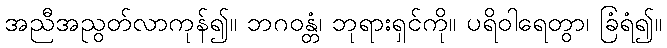
အညီအညွတ်လာကုန်၍။ ဘဂဝန္တံ၊ ဘုရားရှင်ကို။ ပရိဝါရေတွာ၊ ခြံရံ၍။